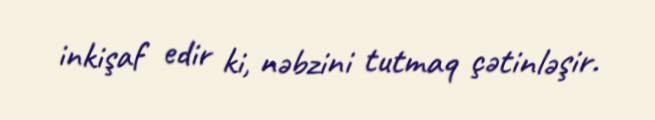
inkişaf edir ki, nəbzini tutmaq çətinləşir.